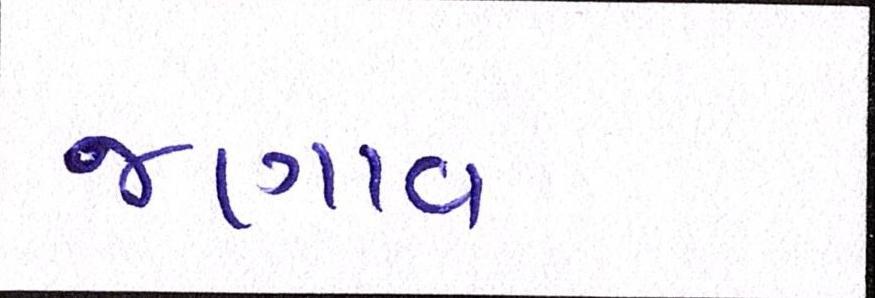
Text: જણાવ